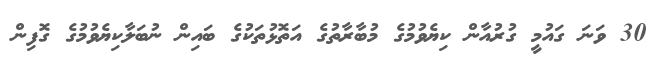
30 ވަނަ ގައުމީ ގުރުއާން ކިޔެވުމުގެ މުބާރާތުގެ އަތޮޅުތަކުގެ ބައިން ނުބަލާކިޔެވުމުގެ ގޮފިން